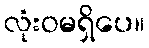
လုံးဝမရှိပေ။